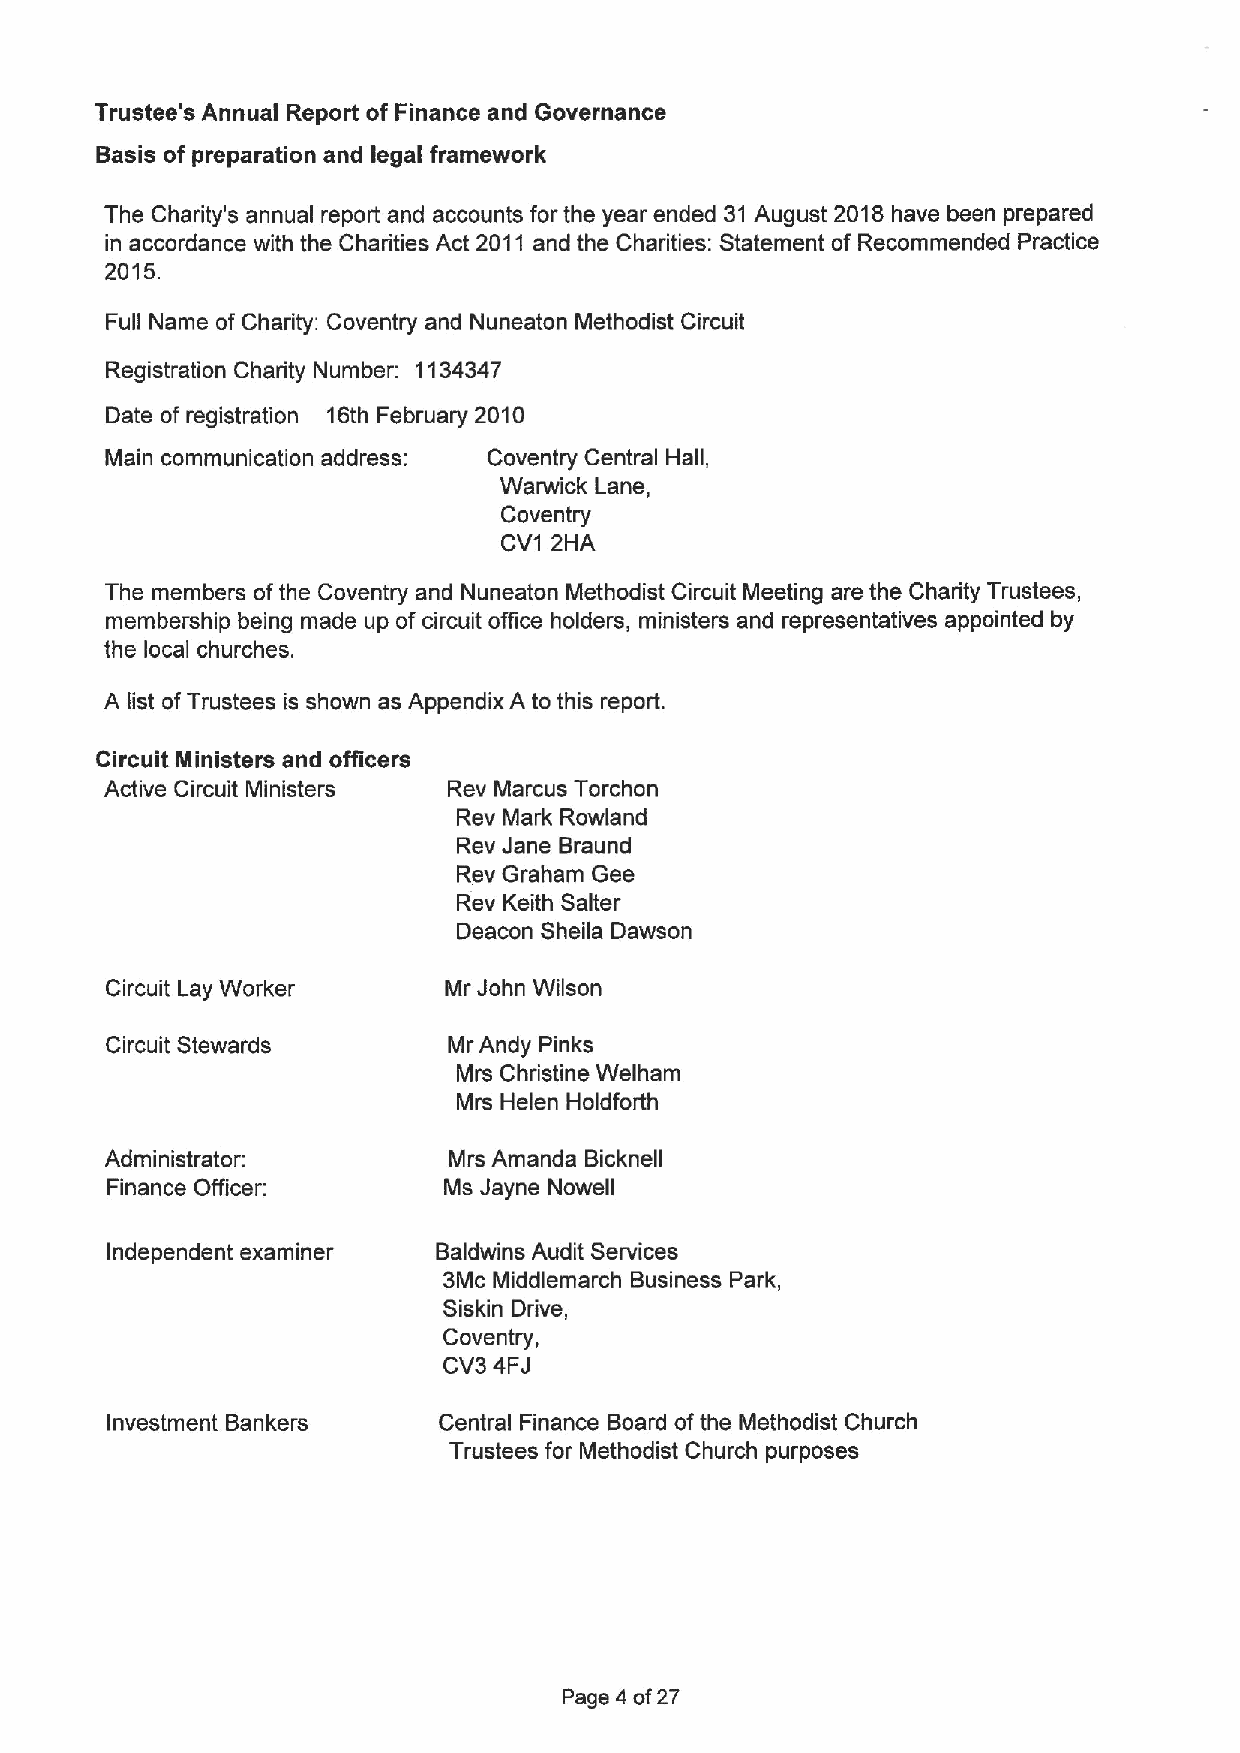
Trustee's Annual Report of Finance and Governance
 Basis of preparation and legal framework
 The Charity's annual report and accounts for the year ended 31 August 2018have been prepared
 in accordance with the Charities Act 2011 and the Charities: Statement of Recommended Practice
 2015.
 Full Name of Charity: Coventry and Nuneaton Methodist Circuit
 Registration Charity Number: 1134347
 Date of registration 16th February 2010
 Main communication address: Coventry Central Hall,
 Warwick Lane,
 Coventry
 CV1 2HA
 The members ofthe Coventry and Nuneaton Methodist Circuit Meeting are the Charity Trustees,
 membership being made up ofcircuit office holders, ministers and representatives appointed by
 the local churches.
 A list ofTrustees is shown as Appendix A to this report.
 Circuit Ministers and officers
 Active Circuit Ministers Rev Marcus Torchon
 Rev Mark Rowland
 Rev Jane Braund
 Rev Graham Gee
 Rev Keith Salter
 Deacon Sheila Dawson
 Circuit Lay Worker    Mr John Wilson
 Circuit Stewards       Mr Andy Pinks
 Mrs Christine Welham
 Mrs Helen Holdfoith
 Administrator:         Mrs Amanda Bicknell
 Finance Officer:      Ms Jayne Nowell
 Independent examiner  Baldwins Audit Services
 3Mc Middlemarch Business Park,
 Siskin Drive,
 Coventry,
 CV3 4FJ
 Investment Bankers    Central Finance Board ofthe Methodist Church
 Trustees for Methodist Church purposes
 Page 4 of27